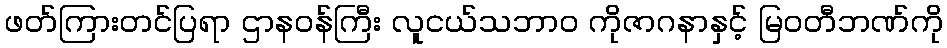
ဖတ်ကြားတင်ပြရာ ဌာနဝန်ကြီး လူငယ်သဘာ၀ ကိုဇာဂနာနှင့် မြဝတီဘဏ်ကို